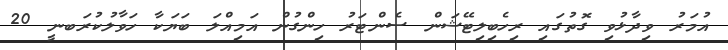
އުމަރު ވިދާޅުވި ގޮތުގައި ރިހެބިލިޓޭޝަން ސެންޓަރު ހިންގުން އަމިއްލަ ބަޔަކާ ހަވާލުކުރަބނީ 20